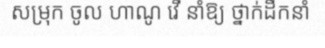
សម្រុក ចូល ហាណូ វើ នាំឱ្យ ថ្នាក់ដឹកនាំ